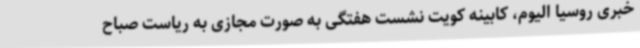
خبری روسیا الیوم، کابینه کویت نشست هفتگی به صورت مجازی به ریاست صباح